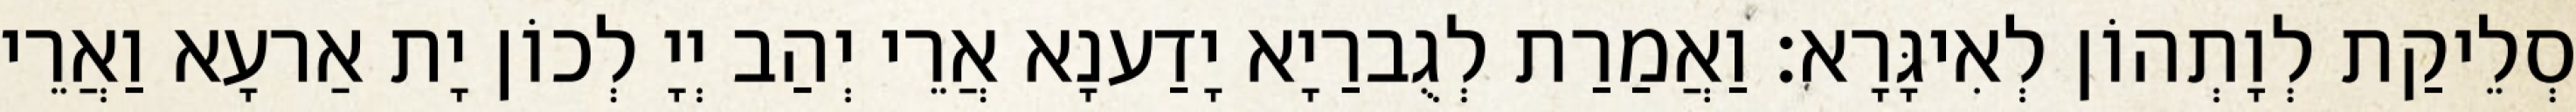
סְלֵיקַת לְוָתְהוֹן לְאִיגָּרָא׃ וַאֲמַרַת לְגֻברַיָא יָדַענָא אֲרֵי יְהַב יְיָ לְכוֹן יָת אַרעָא וַאֲרֵי